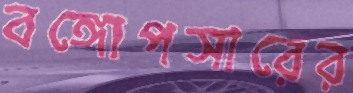
বঙ্গোপসারের